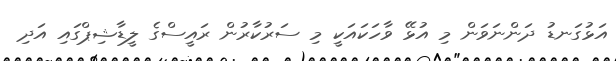
އަޅުގަނޑު ދަންނަވަން މި އުޅޭ ވާހަކައަކީ މި ސަރުކާރުން ރައީސްގެ ލީޑާޝިޕްގައި އަދި